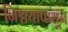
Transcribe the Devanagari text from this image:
निश्चयापासून